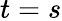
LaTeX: t=s